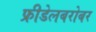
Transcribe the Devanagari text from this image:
फ्रीडेलबरोबर